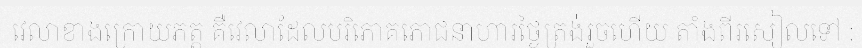
វេលាខាងក្រោយភត្ត គឺវេលាដែលបរិភោគភោជនាហារថ្ងៃត្រង់រួចហើយ តាំងពីរសៀលទៅ :